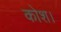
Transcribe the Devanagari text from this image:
कोश।